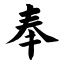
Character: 奉